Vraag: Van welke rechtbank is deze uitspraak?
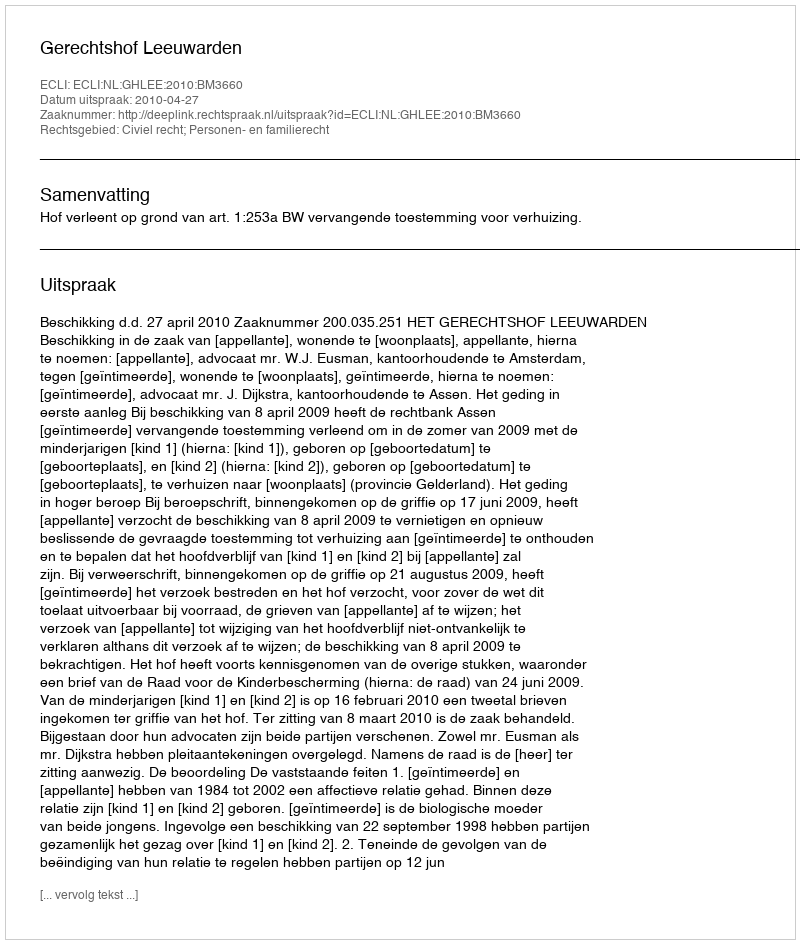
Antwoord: Gerechtshof Leeuwarden